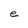
Character: e